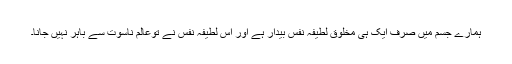
ہمارے جسم میں صرف ایک ہی مخلوق لطیفہ نفس بیدار ہے اور اس لطیفہ نفس نے توعالم ناسوت سے باہر نہیں جانا۔